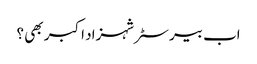
اب بیرسٹر شہزاد اکبر بھی ؟